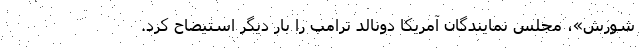
شورش»، مجلس نمایندگان آمریکا دونالد ترامپ را بار دیگر استیضاح کرد.